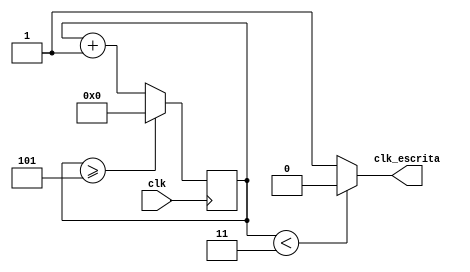
module divfreq (clk, clk_escrita);
input clk;
output clk_escrita;

reg [27:0] saida = 28'd0;
parameter DIVISOR = 28'd6;

always @(posedge clk)
	begin
		saida <= saida + 28'd1;
		if(saida >= (DIVISOR-1))
			begin
				saida <= 28'd0;
			end		
	end

assign clk_escrita = (saida < DIVISOR/2)?1'b0:1'b1;
	
endmodule